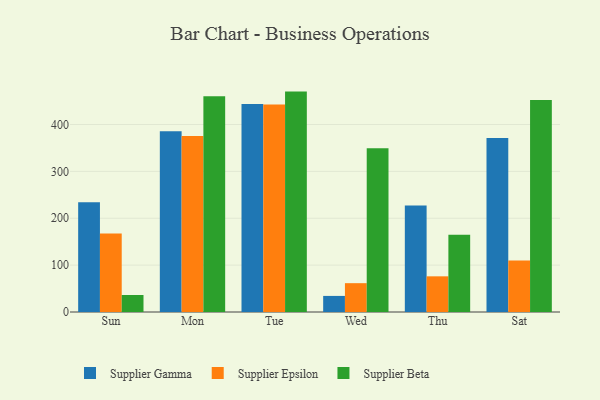
{"axis": {"x": "Day", "y": "Production Output"}, "legend": ["Supplier Beta", "Supplier Epsilon", "Supplier Gamma"], "data": [{"x": "Sun", "y": 233.9, "type": "Supplier Gamma"}, {"x": "Sun", "y": 167.5, "type": "Supplier Epsilon"}, {"x": "Sun", "y": 36.3, "type": "Supplier Beta"}, {"x": "Mon", "y": 385.8, "type": "Supplier Gamma"}, {"x": "Mon", "y": 375.6, "type": "Supplier Epsilon"}, {"x": "Mon", "y": 460.1, "type": "Supplier Beta"}, {"x": "Tue", "y": 444.0, "type": "Supplier Gamma"}, {"x": "Tue", "y": 442.5, "type": "Supplier Epsilon"}, {"x": "Tue", "y": 470.2, "type": "Supplier Beta"}, {"x": "Wed", "y": 34.3, "type": "Supplier Gamma"}, {"x": "Wed", "y": 61.5, "type": "Supplier Epsilon"}, {"x": "Wed", "y": 349.5, "type": "Supplier Beta"}, {"x": "Thu", "y": 227.1, "type": "Supplier Gamma"}, {"x": "Thu", "y": 76.1, "type": "Supplier Epsilon"}, {"x": "Thu", "y": 164.7, "type": "Supplier Beta"}, {"x": "Sat", "y": 371.3, "type": "Supplier Gamma"}, {"x": "Sat", "y": 109.8, "type": "Supplier Epsilon"}, {"x": "Sat", "y": 452.5, "type": "Supplier Beta"}]}